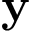
\mathbf { y }